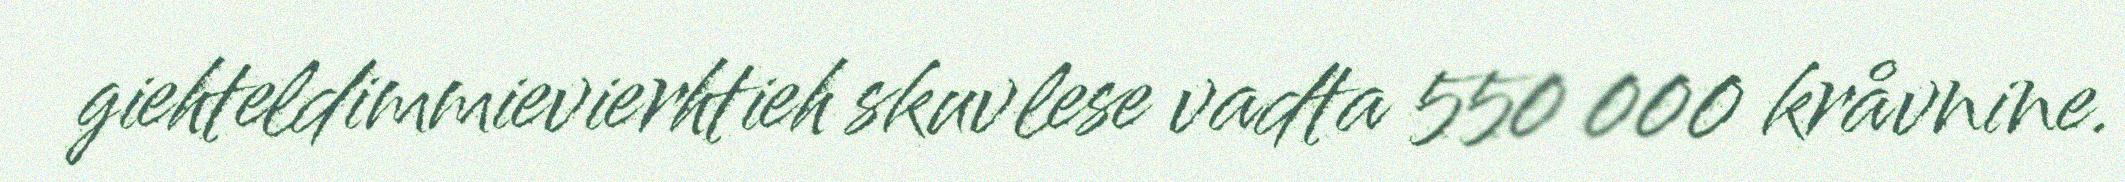
giehteldimmievierhtieh skuvlese vadta 550 000 kråvnine.